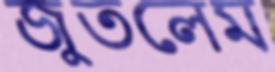
জুতলেম